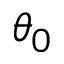
\theta _ { 0 }